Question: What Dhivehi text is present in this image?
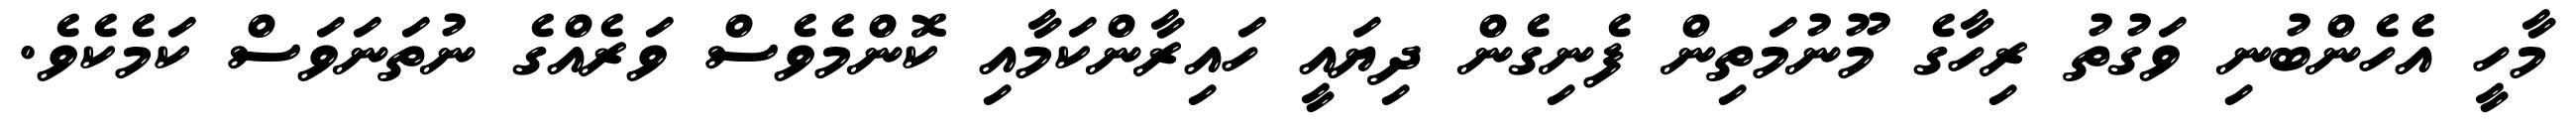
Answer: މާހީ އެހެންބުނި ވަގުތު ރިހާގެ މޫނުމަތިން ފެނިގެން ދިޔައީ ހައިރާންކަމާއި ކޮންމެވެސް ވަރެއްގެ ނުތަނަވަސް ކަމެކެވެ.